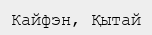
Кайфэн, Қытай